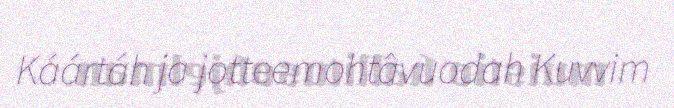
Káártáh ja jotteemohtâvuodah Kuvvim